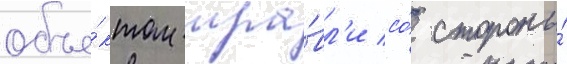
объе́ктом тра́вл'и со́ стороны́